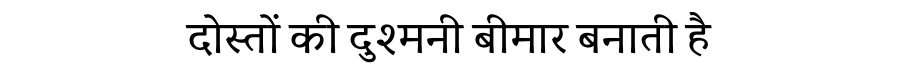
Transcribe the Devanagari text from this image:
दोस्तों की दुश्मनी बीमार बनाती है